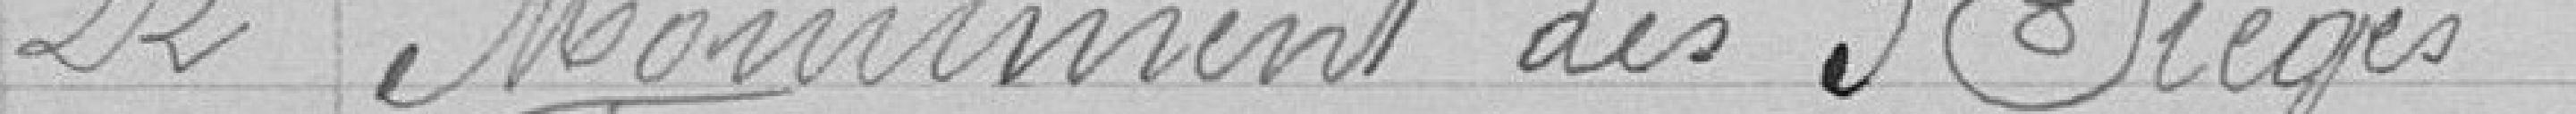
22 Monument des 3 sièges